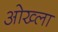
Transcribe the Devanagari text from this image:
ओख्ला